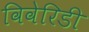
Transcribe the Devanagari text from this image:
विवेरिडी